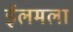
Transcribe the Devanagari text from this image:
ईलमला